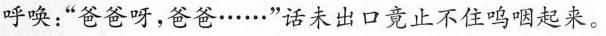
呼唤：“爸爸呀，爸爸……”话未出口竞止不住呜咽起来。